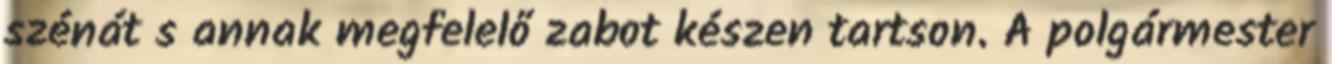
szénát s annak megfelelő zabot készen tartson. A polgármester